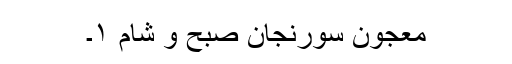
معجون سورنجان صبح و شام ۱۔